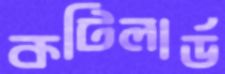
কটিলার্ড